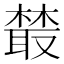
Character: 樷